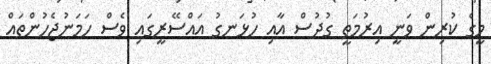
މީގެ ކުރިން ވަނީ އިރުމަތީ ގުދުސް އާއި ހުޅަނގު އައްސޭރީގައި ވެސް ހަމަނުޖެހުންތައް